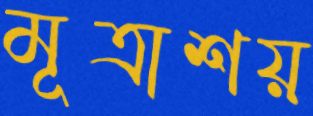
মূত্রাশয়